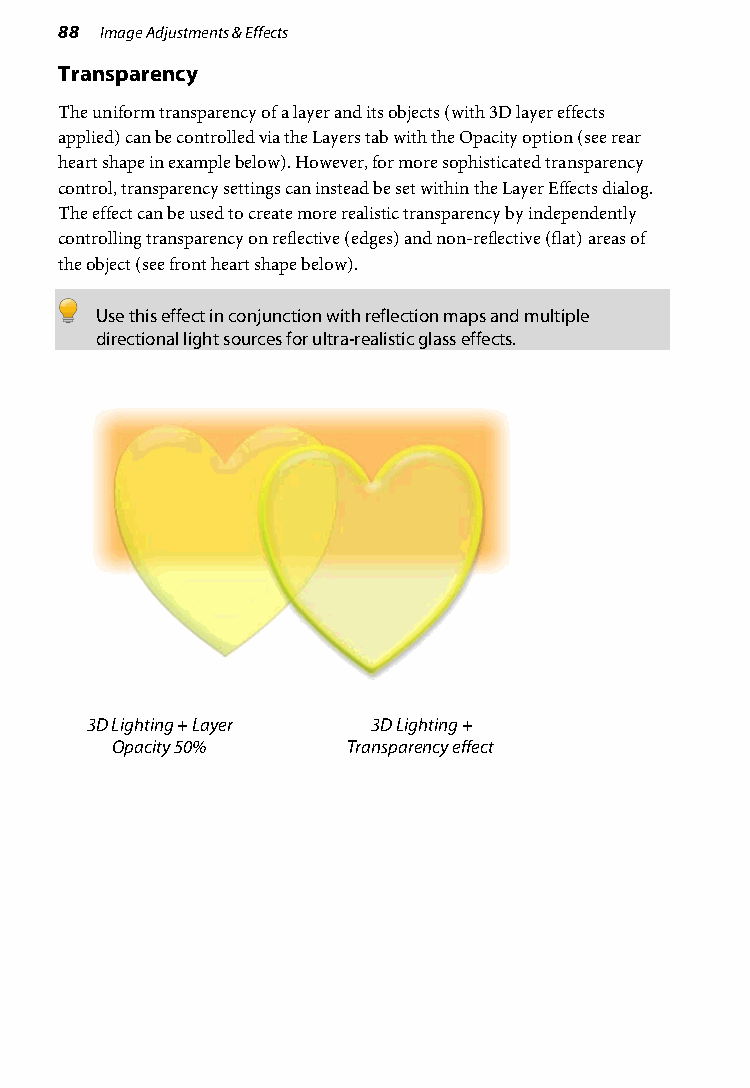
88 Image Adjustments & Effects
 Transparency
 The uniform transparency of a layer and its objects (with 3D layer effects
 applied) can be controlled via the Layers tab with the Opacity option (see rear
 heart shape in example below). However, for more sophisticated transparency
 control, transparency settings can instead be set within the Layer Effects dialog.
 The effect can be used to create more realistic transparency by independently
 controlling transparency on reflective (edges) and non-reflective (flat) areas of
 the object (see front heart shape below).
 Use this effect in conjunction with reflection maps and multiple
 directional light sources for ultra-realistic glass effects.
 3D Lighting + Layer 3D Lighting +
 Opacity 50%     Transparency effect